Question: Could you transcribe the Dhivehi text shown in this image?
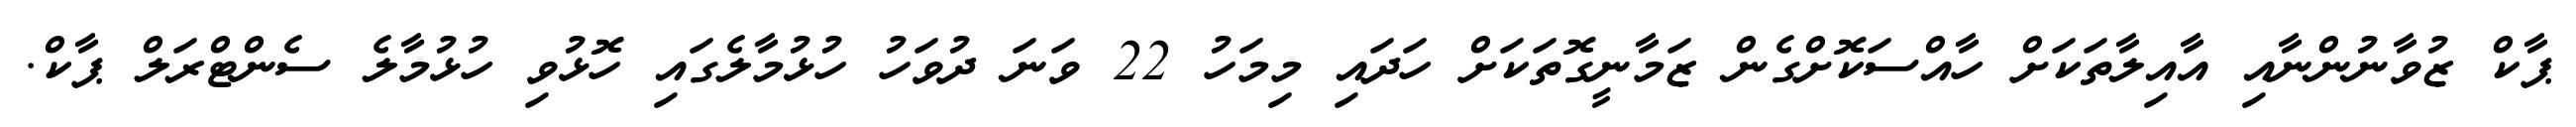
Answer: ޕާކް ޒުވާނުންނާއި އާއިލާތަކަށް ހާއްސަކޮށްގެން ޒަމާނީގޮތަކަށް ހަދައި މިމަހު 22 ވަނަ ދުވަހު ހުޅުމާލެގައި ހޮޅުވި ހުޅުމާލެ ސެންޓްރަލް ޕާކް.